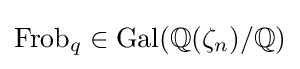
\operatorname {Frob} _{q}\in \operatorname {Gal} (\mathbb {Q} (\zeta _{n})/\mathbb {Q} )